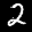
Label: 2